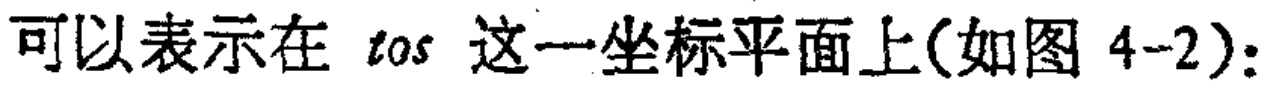
可以表示在 \(tOs\) 这一坐标平面上(如图 4-2)：